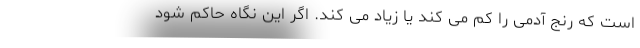
است که رنج آدمی را کم می کند یا زیاد می کند. اگر این نگاه حاکم شود